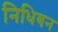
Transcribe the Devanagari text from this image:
निधिबन